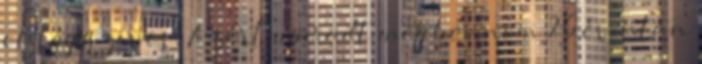
el légyszives. Azért maradt meg bennem 26 év után